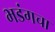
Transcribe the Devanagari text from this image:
भडंगचा